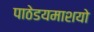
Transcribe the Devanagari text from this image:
पाठेडयमाशयो